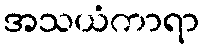
အသယံကာရာ